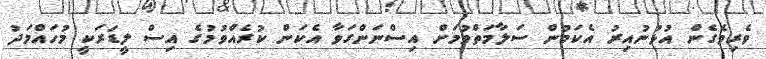
ވެރިވެގެން އުޅުނުއިރު އެކަމުން ސަލާމަތްވުމަށް އިސްނަންގަވާ އެކަން ކުރެއްވުމުގެ އިސް ލީޑަރަކީ މުހައްމަދު